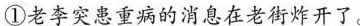
①老李突患重病的消息在老街炸开了。